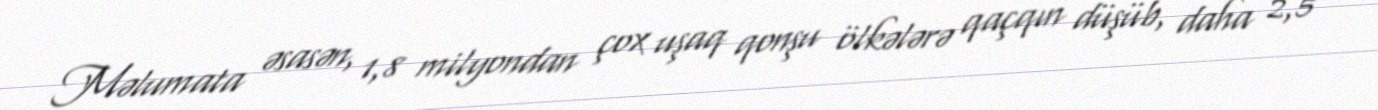
Məlumata əsasən, 1,8 milyondan çox uşaq qonşu ölkələrə qaçqın düşüb, daha 2,5